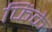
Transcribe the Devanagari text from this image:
फिंके